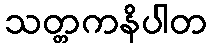
သတ္တကနိပါတ